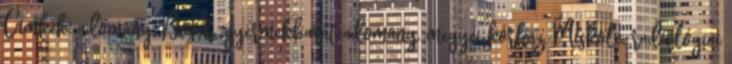
Címkék: adomány, Bosch, gyermekbarát adomány, megyei kórház, Miskolc, radiológiai